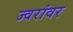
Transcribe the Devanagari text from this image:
ज्वरांवर